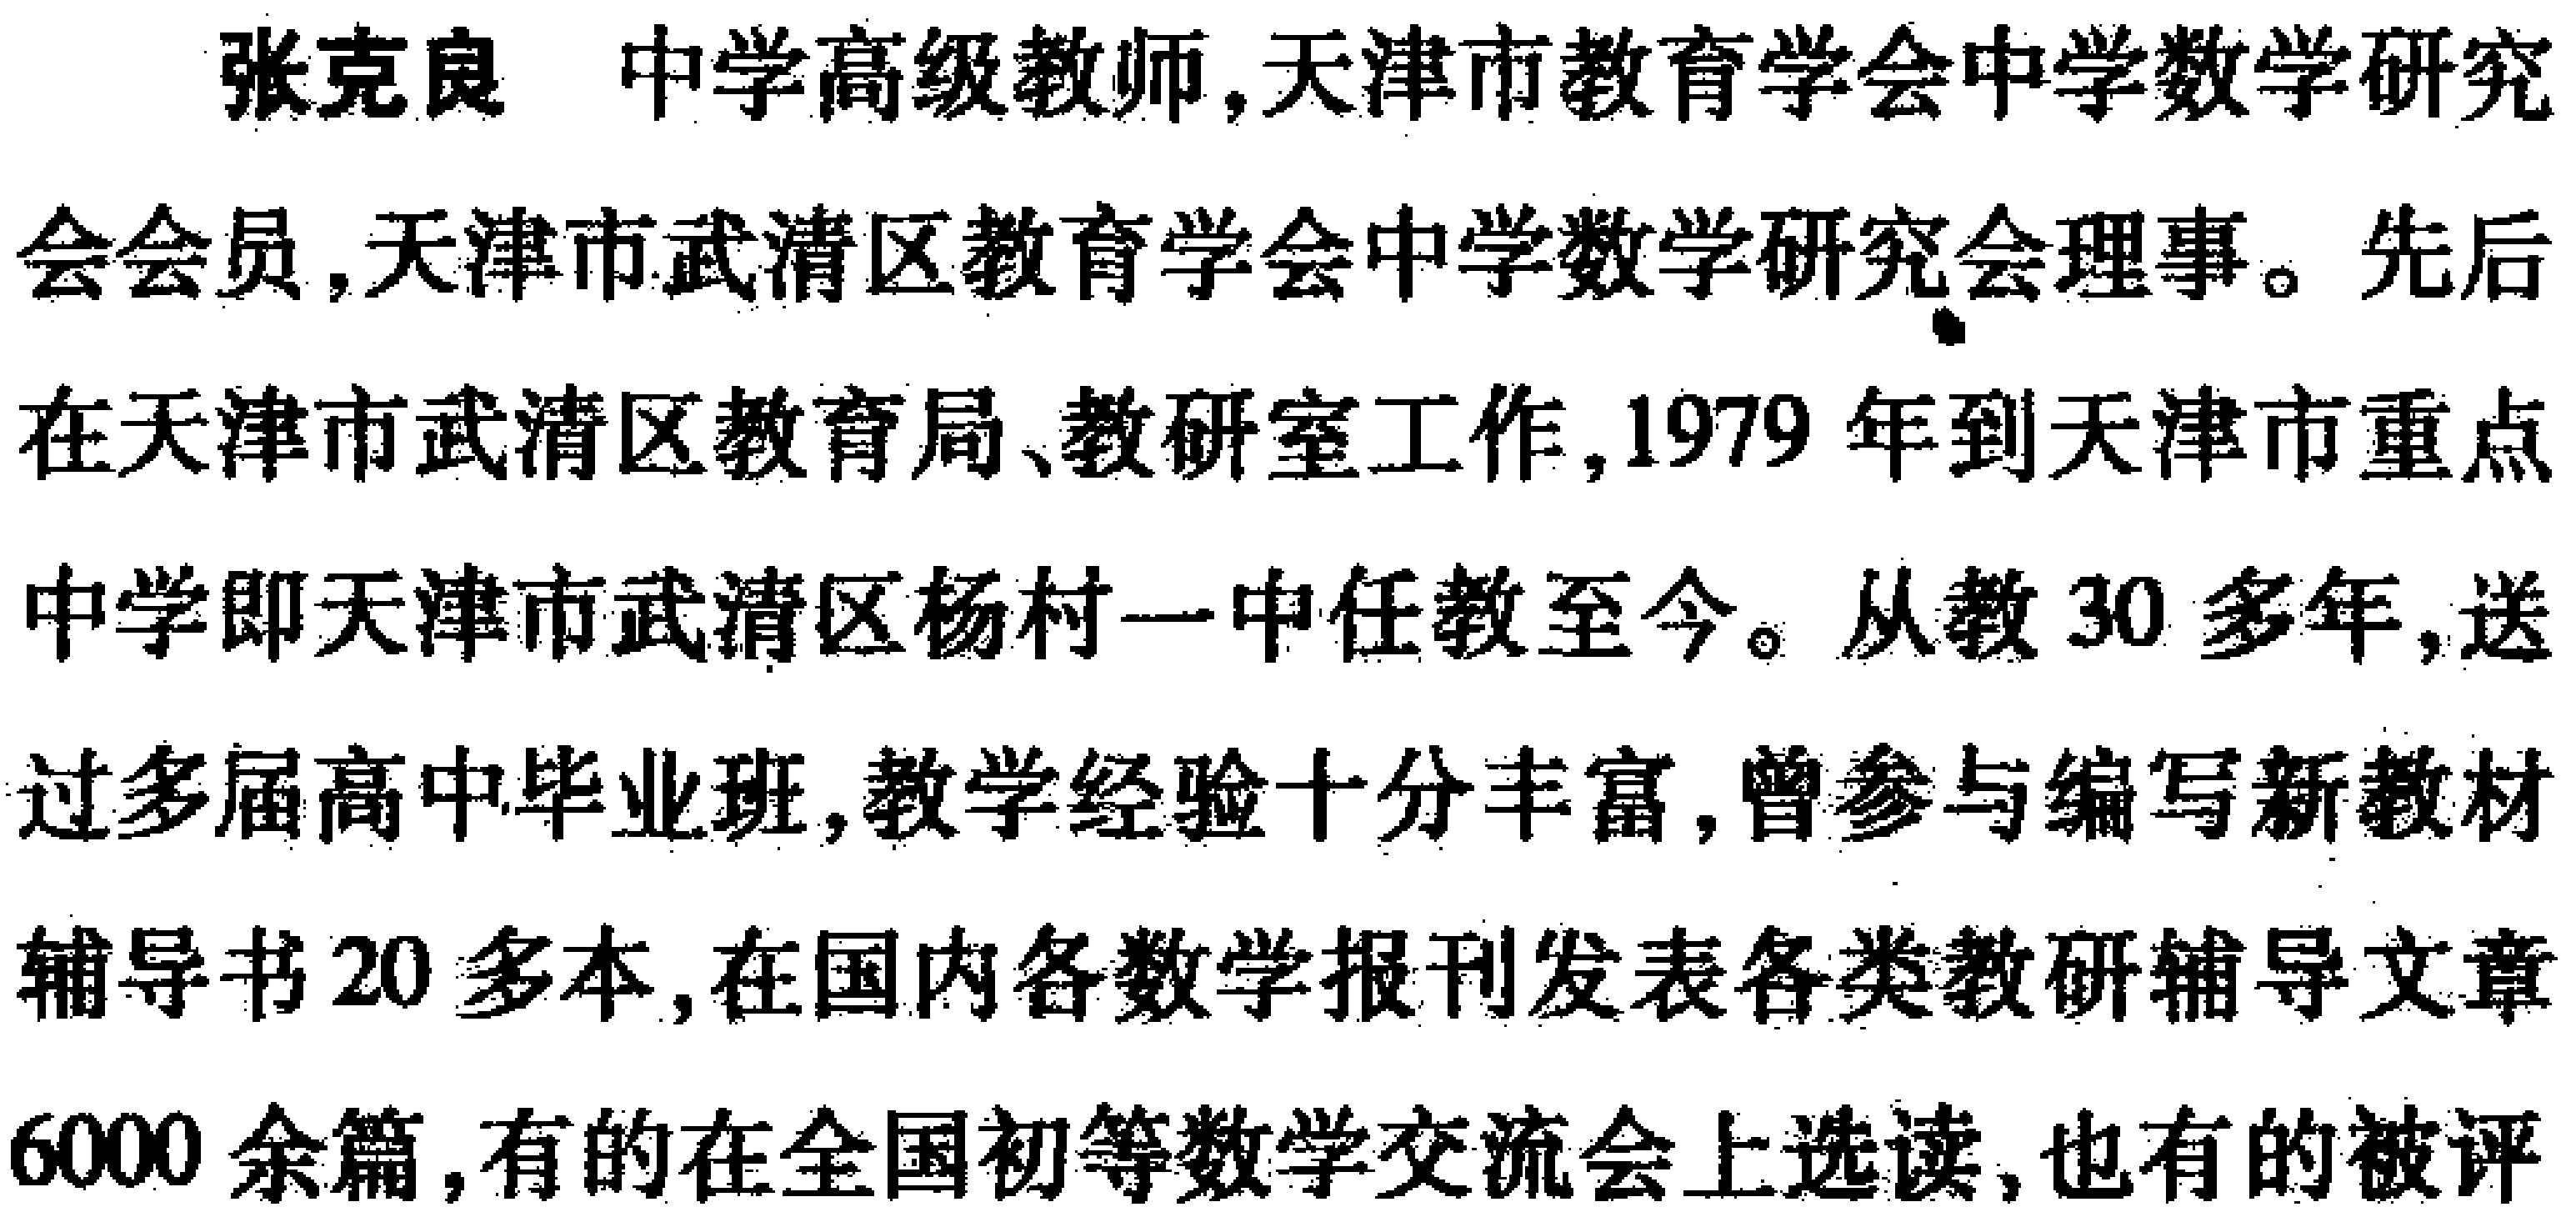
张克良 中学高级教师,天津市教育学会中学数学研究

会会员,天津市武清区教育学会中学数学研究会理事。先后

在天津市武清区教育局、教研室工作,1979 年到天津市重点

中学即天津市武清区杨村一中任教至今。从教 30 多年,送

过多届高中毕业班,教学经验十分丰富,曾参与编写新教材

辅导书 20 多本,在国内各数学报刊发表各类教研辅导文章

6000 余篇,有的在全国初等数学交流会上选读,也有的被评